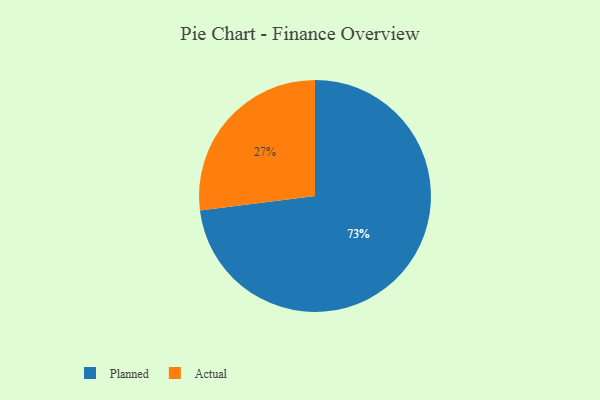
{"axis": {"x": "Category", "y": "Percentage"}, "legend": ["Actual", "Planned"], "data": [{"x": "Actual", "y": 27, "type": "Actual"}, {"x": "Planned", "y": 73, "type": "Planned"}]}